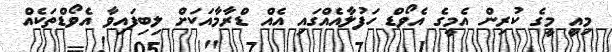
މިއީ މީގެ ކުރިން އެމީގެ އެވޯޑް ހަފުލާއެއްގައި އެއް ޑްރާމާއަކަށް ލިބިފައިވާ އެވޯޑްތަކެއް